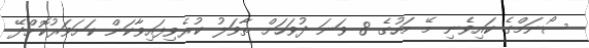
ސޯނަމްގެ ކައިވެނި މޭ މަހުގެ 8 ވަނަ ދުވަހަށް ތާވަލު ކުރެވިފައިވާކަން ކަށަވަރުކޮށްދޭ